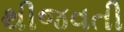
થીજવતી